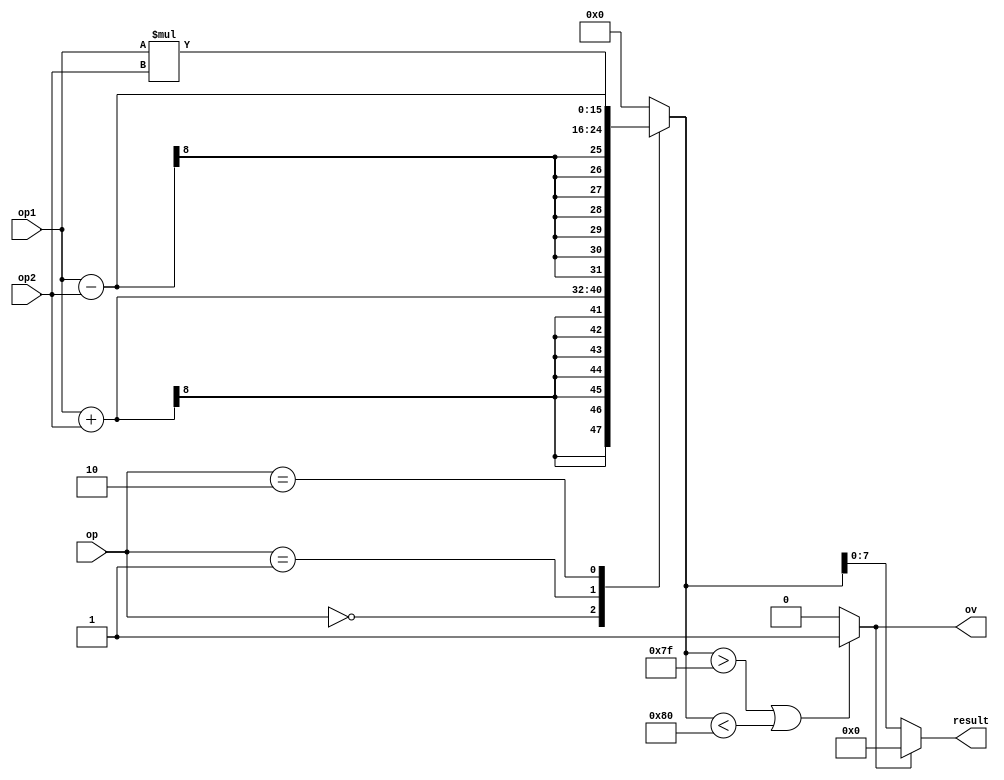

module Arith (
    input signed [7:0] op1,
    input signed [7:0] op2,
    input [1:0] op,     //  00 +   01  -  10  *  
    output signed [7:0] result , //-128~127
    output ov
);
/*
//sequential
    reg signed [7:0] result_reg ;
    reg signed [15:0] nresult_reg;
    reg ov_reg;

    assign result=result_reg;
    assign ov = ov_reg;

    always @(posedge clk or negedge rst) begin
        if (~rst) begin
            result_reg <= 8'd0;
            ov_reg <= 1'b0;
        end
        else begin      //ov will out sat
            result_reg <= (nresult_reg > 16'd127 || nresult_reg < -16'd128 ) ? 8'd0 : nresult_reg [7:0];
            ov_reg <= (nresult_reg > 16'd127 || nresult_reg < -16'd128 ) ? 1'b1 : 1'b0;
        end
    end

    always @(*) begin
        case (op)
            2'b00: nresult_reg = op1 + op2;
            2'b01: nresult_reg = op1 - op2;
            2'b10: nresult_reg = op1 * op2;
            default: nresult_reg =16'd0;
        endcase
    end
    
*/

//combinational
    reg signed [15:0] temp_result;
    always @(*) begin
        case (op)
            2'b00: temp_result = op1 + op2;
            2'b01: temp_result = op1 - op2;
            2'b10: temp_result = op1 * op2;
            default: temp_result =16'd0;
        endcase
    end


    assign ov= ( temp_result> $signed(16'd127) ||  temp_result < $signed(-16'd128) ) ? 1'b1 : 1'b0;
    assign result = (ov) ? 8'd0 : temp_result [7:0];

    

endmodule